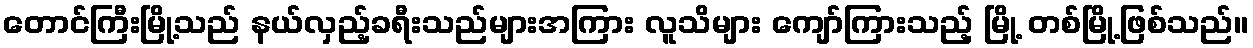
တောင်ကြီးမြို့သည် နယ်လှည့်ခရီးသည်များအကြား လူသိများ ကျော်ကြားသည့် မြို့ တစ်မြို့ဖြစ်သည်။